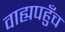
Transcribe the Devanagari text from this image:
वाह्यपहुँच